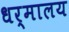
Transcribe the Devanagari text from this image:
धर्मालय